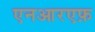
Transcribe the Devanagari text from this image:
एनआरएफ़